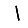
Digit: 1